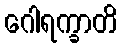
ဂေါရက္ခာတိ